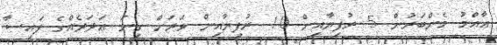
ޢާއްމު މެންބަރުން 5 ރުފިޔާއިން 10 ރުފިޔާއިން ވަރަށް ގިނަ ޢަދަދެއްގެ ފައިސާ